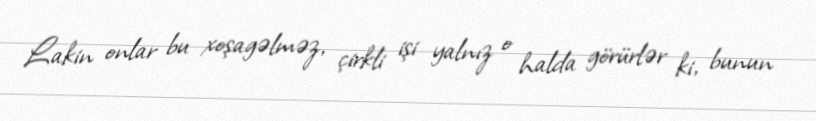
Lakin onlar bu xoşagəlməz, çirkli işi yalnız o halda görürlər ki, bunun